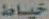
خياط